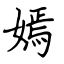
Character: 嫣